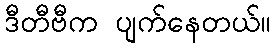
ဒီတီဗီက ပျက်နေတယ်။